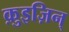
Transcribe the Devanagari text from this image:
क़ुइज़िन्